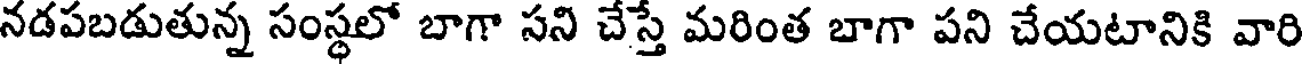
నడపబడుతున్న సంస్థలో బాగా సని చేస్తే మరింత బాగా పని చేయటానికి వారి